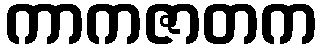
ကာကဇာတက